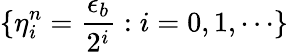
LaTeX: \{ \eta_{i}^{n}=\frac{\epsilon_{b}}{2^{i}}:i=0,1,\cdots\}